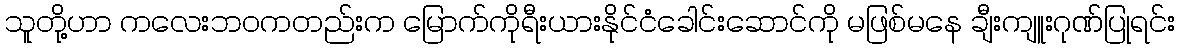
သူတို့ဟာ ကလေးဘဝကတည်းက မြောက်ကိုရီးယားနိုင်ငံခေါင်းဆောင်ကို မဖြစ်မနေ ချီးကျူးဂုဏ်ပြုရင်း